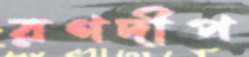
রণদীপ